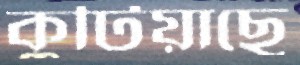
কুটিয়াছে